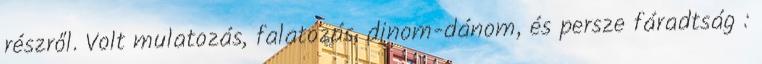
részről. Volt mulatozás, falatozás, dinom-dánom, és persze fáradtság :